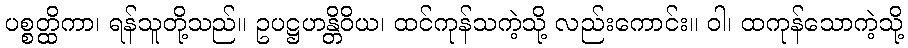
ပစ္စတ္ထိကာ၊ ရန်သူတို့သည်။ ဥပဋ္ဌဟန္တိဝိယ၊ ထင်ကုန်သကဲ့သို့ လည်းကောင်း။ ဝါ၊ ထကုန်သောကဲ့သို့